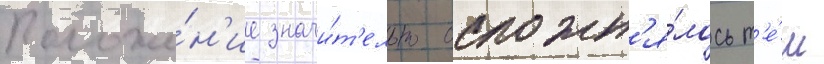
Положе́н'ие значи́т'ельно осложн'я́лось т'е́м